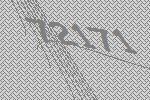
72171